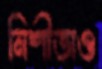
নিশীতাও